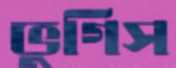
ভুগিস